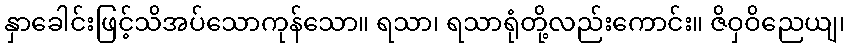
နှာခေါင်းဖြင့်သိအပ်သောကုန်သော။ ရသာ၊ ရသာရုံတို့လည်းကောင်း။ ဇိဝှဝိညေယျ၊